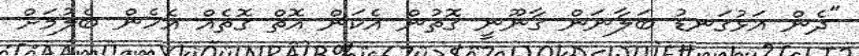
"ދެން އަޅުގަނޑު ބަލާނަން ގާނޫނީ ގޮތުން އެކަން އޮތް ގޮތެއް އެހެން ބެލުމަށް